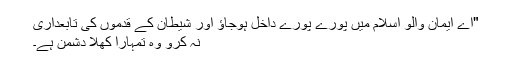
"اے ایمان والو اسلام میں پورے پورے داخل ہوجاؤ اور شیطان کے قدموں کی تابعداری
نہ کرو وہ تمہارا کھلا دشمن ہے۔